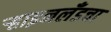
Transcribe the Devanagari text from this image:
ऱ्हाइनलँडचा